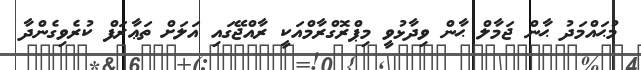
މުޙައްމަދު ޙާން ޖަމާލް ޙާން ވިދާޅުވީ މިޕްރޮގްރާމްއަކީ ރާއްޖޭގައި އަލަށް ތަޢާރަފް ކުރެވިގެންދާ